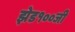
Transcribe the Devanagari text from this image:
झेड१००जी